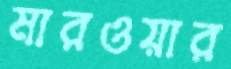
মারওয়ার